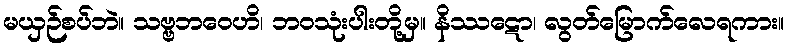
မယှဉ်စပ်ဘဲ။ သဗ္ဗဘဝေဟိ၊ ဘဝသုံးပါးတို့မှ။ နိဿဋော၊ လွတ်မြောက်လေရကား။